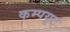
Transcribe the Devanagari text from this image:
कम्पयूट